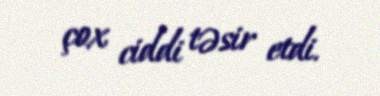
çox ciddi təsir etdi.